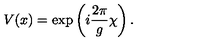
V ( x ) = \exp \left( i { \frac { 2 \pi } { g } } \chi \right) .